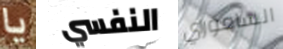
يا النفسي الساموراي